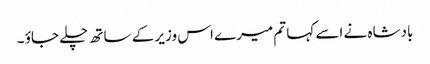
بادشاہ نے اسے کہا تم میرے اس وزیر کے ساتھ چلے جاؤ ۔